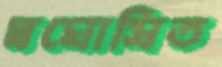
স্বঘোষিত